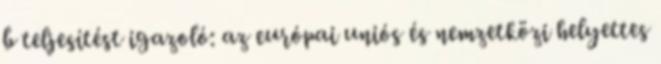
b teljesítést igazoló: az európai uniós és nemzetközi helyettes